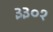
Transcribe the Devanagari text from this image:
३३०१